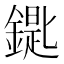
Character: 𨫞